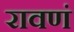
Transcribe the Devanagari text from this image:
रावणं